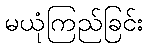
မယုံကြည်ခြင်း